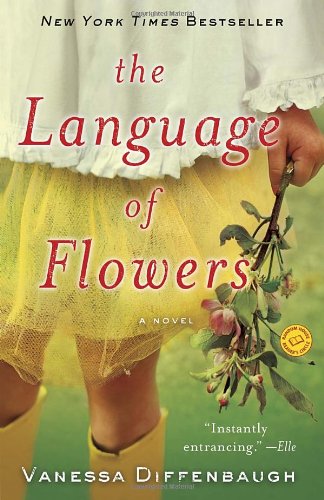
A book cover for The Language of Flowers: A Novel; Vanessa Diffenbaugh; Mystery, Thriller & Suspense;